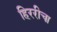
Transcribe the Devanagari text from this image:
हिररीचा